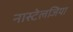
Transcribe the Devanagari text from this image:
नास्टेलजिया